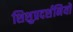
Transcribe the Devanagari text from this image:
शिशुप्रदर्शनियों